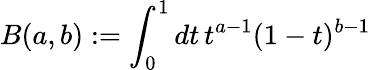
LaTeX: B(a,b)\mathrel{\mathop:}=\int_{0}^{1}dt\, t^{a-1}(1-t)^{b-1}